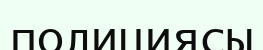
полициясы